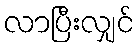
လာပြီးလျှင်